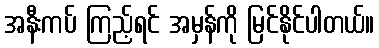
အနီးကပ် ကြည့်ရင် အမှန်ကို မြင်နိုင်ပါတယ်။